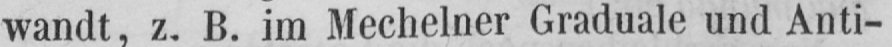
wandt, z. B. im Mechelner Graduale und Anti-